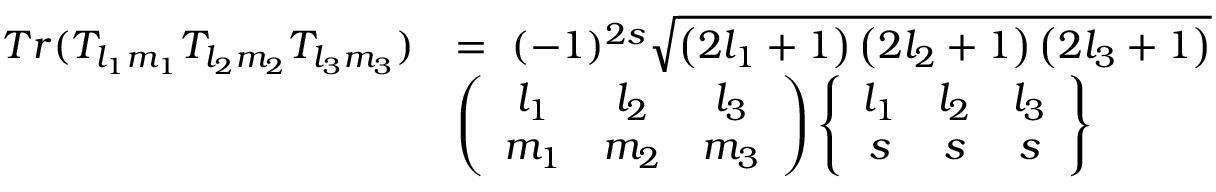
\begin{array} { r l } { T r ( T _ { l _ { 1 } m _ { 1 } } T _ { l _ { 2 } m _ { 2 } } T _ { l _ { 3 } m _ { 3 } } ) } & { = \ ( - 1 ) ^ { 2 s } \sqrt { \left( 2 l _ { 1 } + 1 \right) \left( 2 l _ { 2 } + 1 \right) \left( 2 l _ { 3 } + 1 \right) } } \\ & { \left( \begin{array} { c c c } { l _ { 1 } } & { l _ { 2 } } & { l _ { 3 } } \\ { m _ { 1 } } & { m _ { 2 } } & { m _ { 3 } } \end{array} \right) \left\{ \begin{array} { c c c } { l _ { 1 } } & { l _ { 2 } } & { l _ { 3 } } \\ { s } & { s } & { s } \end{array} \right\} } \end{array}